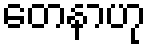
တေနာဟု